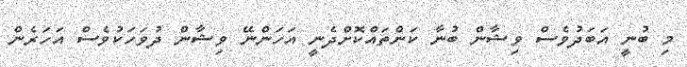
މި ބުނީ އަބަދުވެސް ވިޝާން ބުނާ ކަންތައްކޮށްދެނީ އަހަންނޭ ވިޝާން ދުވަހަކުވެސް އަހަރެން